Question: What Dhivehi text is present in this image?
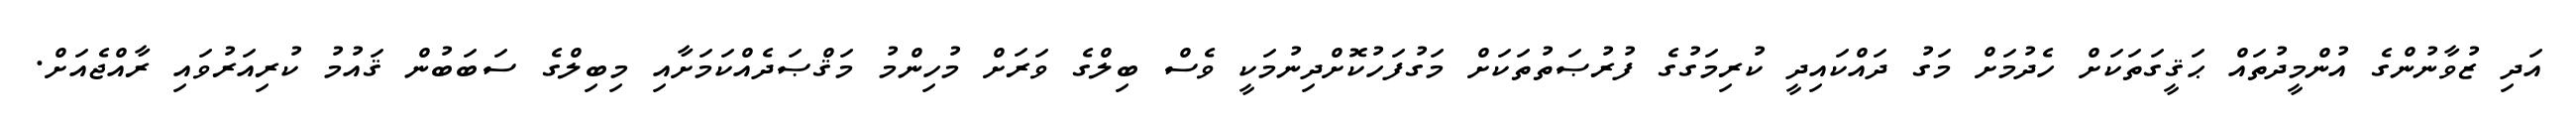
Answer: އަދި ޒުވާނުންގެ އުންމީދުތައް ޙަޤީގަތަކަށް ހެދުމަށް މަގު ދައްކައިދީ ކުރިމަގުގެ ފުރުޞަތުތަކަށް މަގުފަހުކޮށްދިނުމަކީ ވެސް ބިލްގެ ވަރަށް މުހިންމު މަޤްޞަދެއްކަމަށާއި މިބިލްގެ ސަބަބުން ޤައުމު ކުރިއަރުވައި ރާއްޖެއަށް.